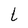
Character: t